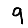
Digit: 9